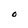
Character: O